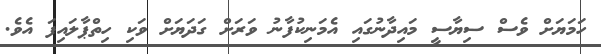
ހަމަޔަށް ވެސް ސިޔާސީ މައިދާނުގައި އެމަނިކުފާނު ވަރަށް ގަދަޔަށް ވަކި ހިތްޕާލައިފަ އެވެ.